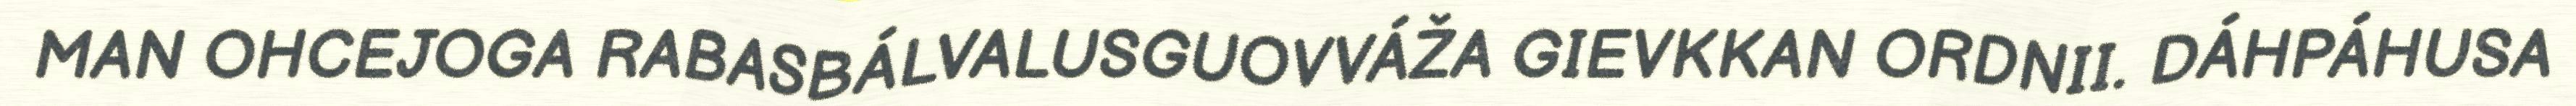
MAN OHCEJOGA RABASBÁLVALUSGUOVVÁŽA GIEVKKAN ORDNII. DÁHPÁHUSA